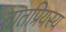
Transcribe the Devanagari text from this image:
तातप्रियस्य